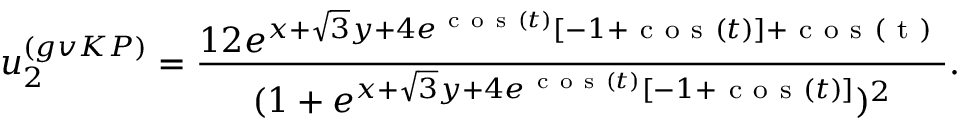
u _ { 2 } ^ { ( g v K P ) } = \frac { 1 2 e ^ { x + \sqrt { 3 } y + 4 e ^ { \mathrm { ~ c ~ o ~ s ~ } ( t ) } [ - 1 + \mathrm { ~ c ~ o ~ s ~ } ( t ) ] + \mathrm { ~ c ~ o ~ s ~ ( ~ t ~ ) ~ } } } { ( 1 + e ^ { x + \sqrt { 3 } y + 4 e ^ { \mathrm { ~ c ~ o ~ s ~ } ( t ) } [ - 1 + \mathrm { ~ c ~ o ~ s ~ } ( t ) ] } ) ^ { 2 } } .